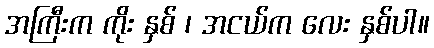
အကြီးက ကိုး နှစ် ၊ အငယ်က လေး နှစ်ပါ။